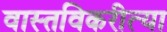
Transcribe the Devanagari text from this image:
वास्तविकरीत्या